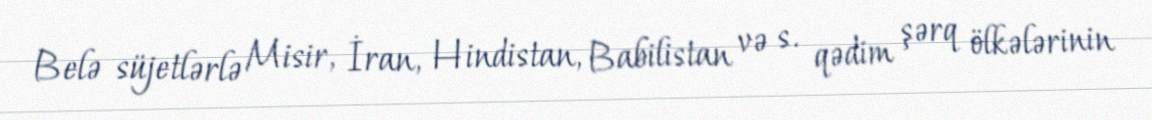
Belə süjetlərlə Misir, İran, Hindistan, Babilistan və s. qədim şərq ölkələrinin